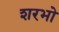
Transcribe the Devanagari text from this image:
शरभो